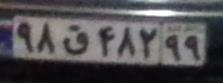
۹۸ق۴۸۲۹۹